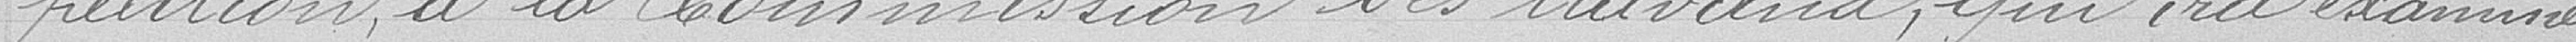
pétition à la Commission des travaux, qui examiner